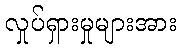
လှုပ်ရှားမှုများအား